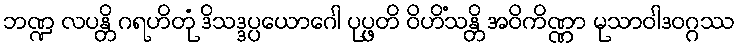
ဘဏ္ဍ လပန္တိ ဂရဟိတုံ ဒိသဒ္ဒပ္ပယောဂေါ ပုပ္ဖတိ ဝိဟိံသန္တိ အဝိကိဏ္ဏာ မုသာဝါဒဝဂ္ဂဿ